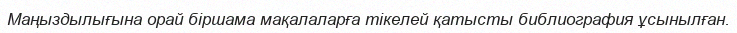
Маңыздылығына орай біршама мақалаларға тікелей қатысты библиография ұсынылған.